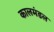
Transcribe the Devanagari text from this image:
कालमंडल